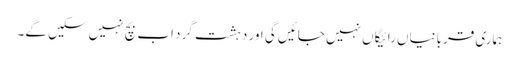
ہماری قربانیاں رائیگاں نہیں جائیں گی اور دہشت گرد اب بچ نہیں سکیں گے۔